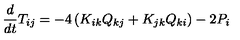
\frac { d } { d t } T _ { i j } = - 4 \left( K _ { i k } Q _ { k j } + K _ { j k } Q _ { k i } \right) - 2 P _ { i }